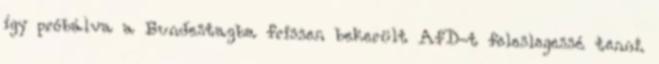
így próbálva a Bundestagba frissen bekerült AfD-t feleslegessé tenni.